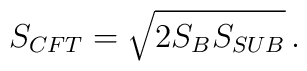
S_{CFT}=\sqrt{2 S_B S_{SUB}}\, .